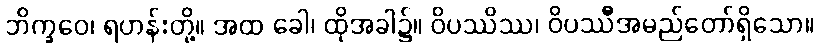
ဘိက္ခဝေ၊ ရဟန်းတို့။ အထ ခေါ၊ ထိုအခါ၌။ ဝိပဿိဿ၊ ဝိပဿီအမည်တော်ရှိသော။